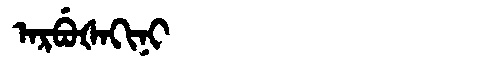
Manchu: ᠠᡵᠪᡠᡧᠠᡴᡳᠨᡳ
Romanization: ARBUŠAKINI